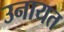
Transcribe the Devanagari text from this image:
उनायत